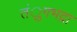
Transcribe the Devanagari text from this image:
तंुगभद्रा